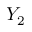
Y _ { 2 }